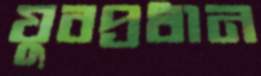
যুবপ্রধান